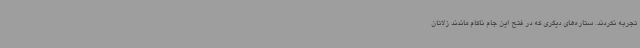
تجربه نکردند. ستاره‌های دیگری که در فتح این جام ناکام ماندند زلاتان